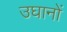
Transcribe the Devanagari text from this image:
उघानों